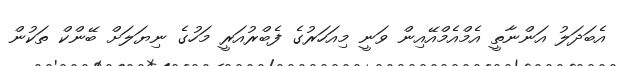
އެބަދަލު އަންނާތީ އެމްއެމްއޭއިން ވަނީ މިއަހަރުގެ ފެބްރުއަރީ މަހުގެ ނިޔަލަށް ބޭންކް ތަކުން